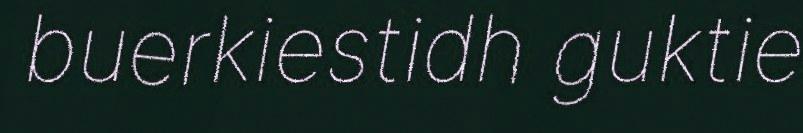
buerkiestidh guktie